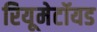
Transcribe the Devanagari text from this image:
रियूमेटॉयड